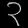
Digit: ၃